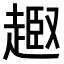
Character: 𧼒